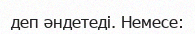
деп әндетедi. Немесе: